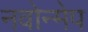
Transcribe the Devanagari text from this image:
नवोन्मेप